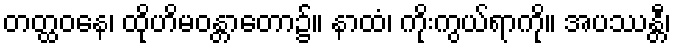
တတ္ထဝနေ၊ ထိုဟိမဝန္တာတော၌။ နာထံ၊ ကိုးကွယ်ရာကို။ အပဿန္တီ၊